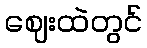
ဈေးထဲတွင်